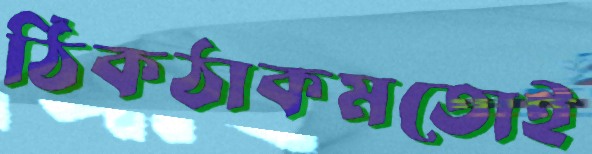
ঠিকঠাকমতোই